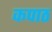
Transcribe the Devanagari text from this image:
कपाठ